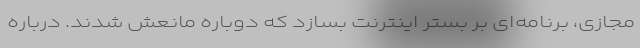
مجازی، برنامه‌ای بر بستر اینترنت بسازد که دوباره مانعش شدند. درباره